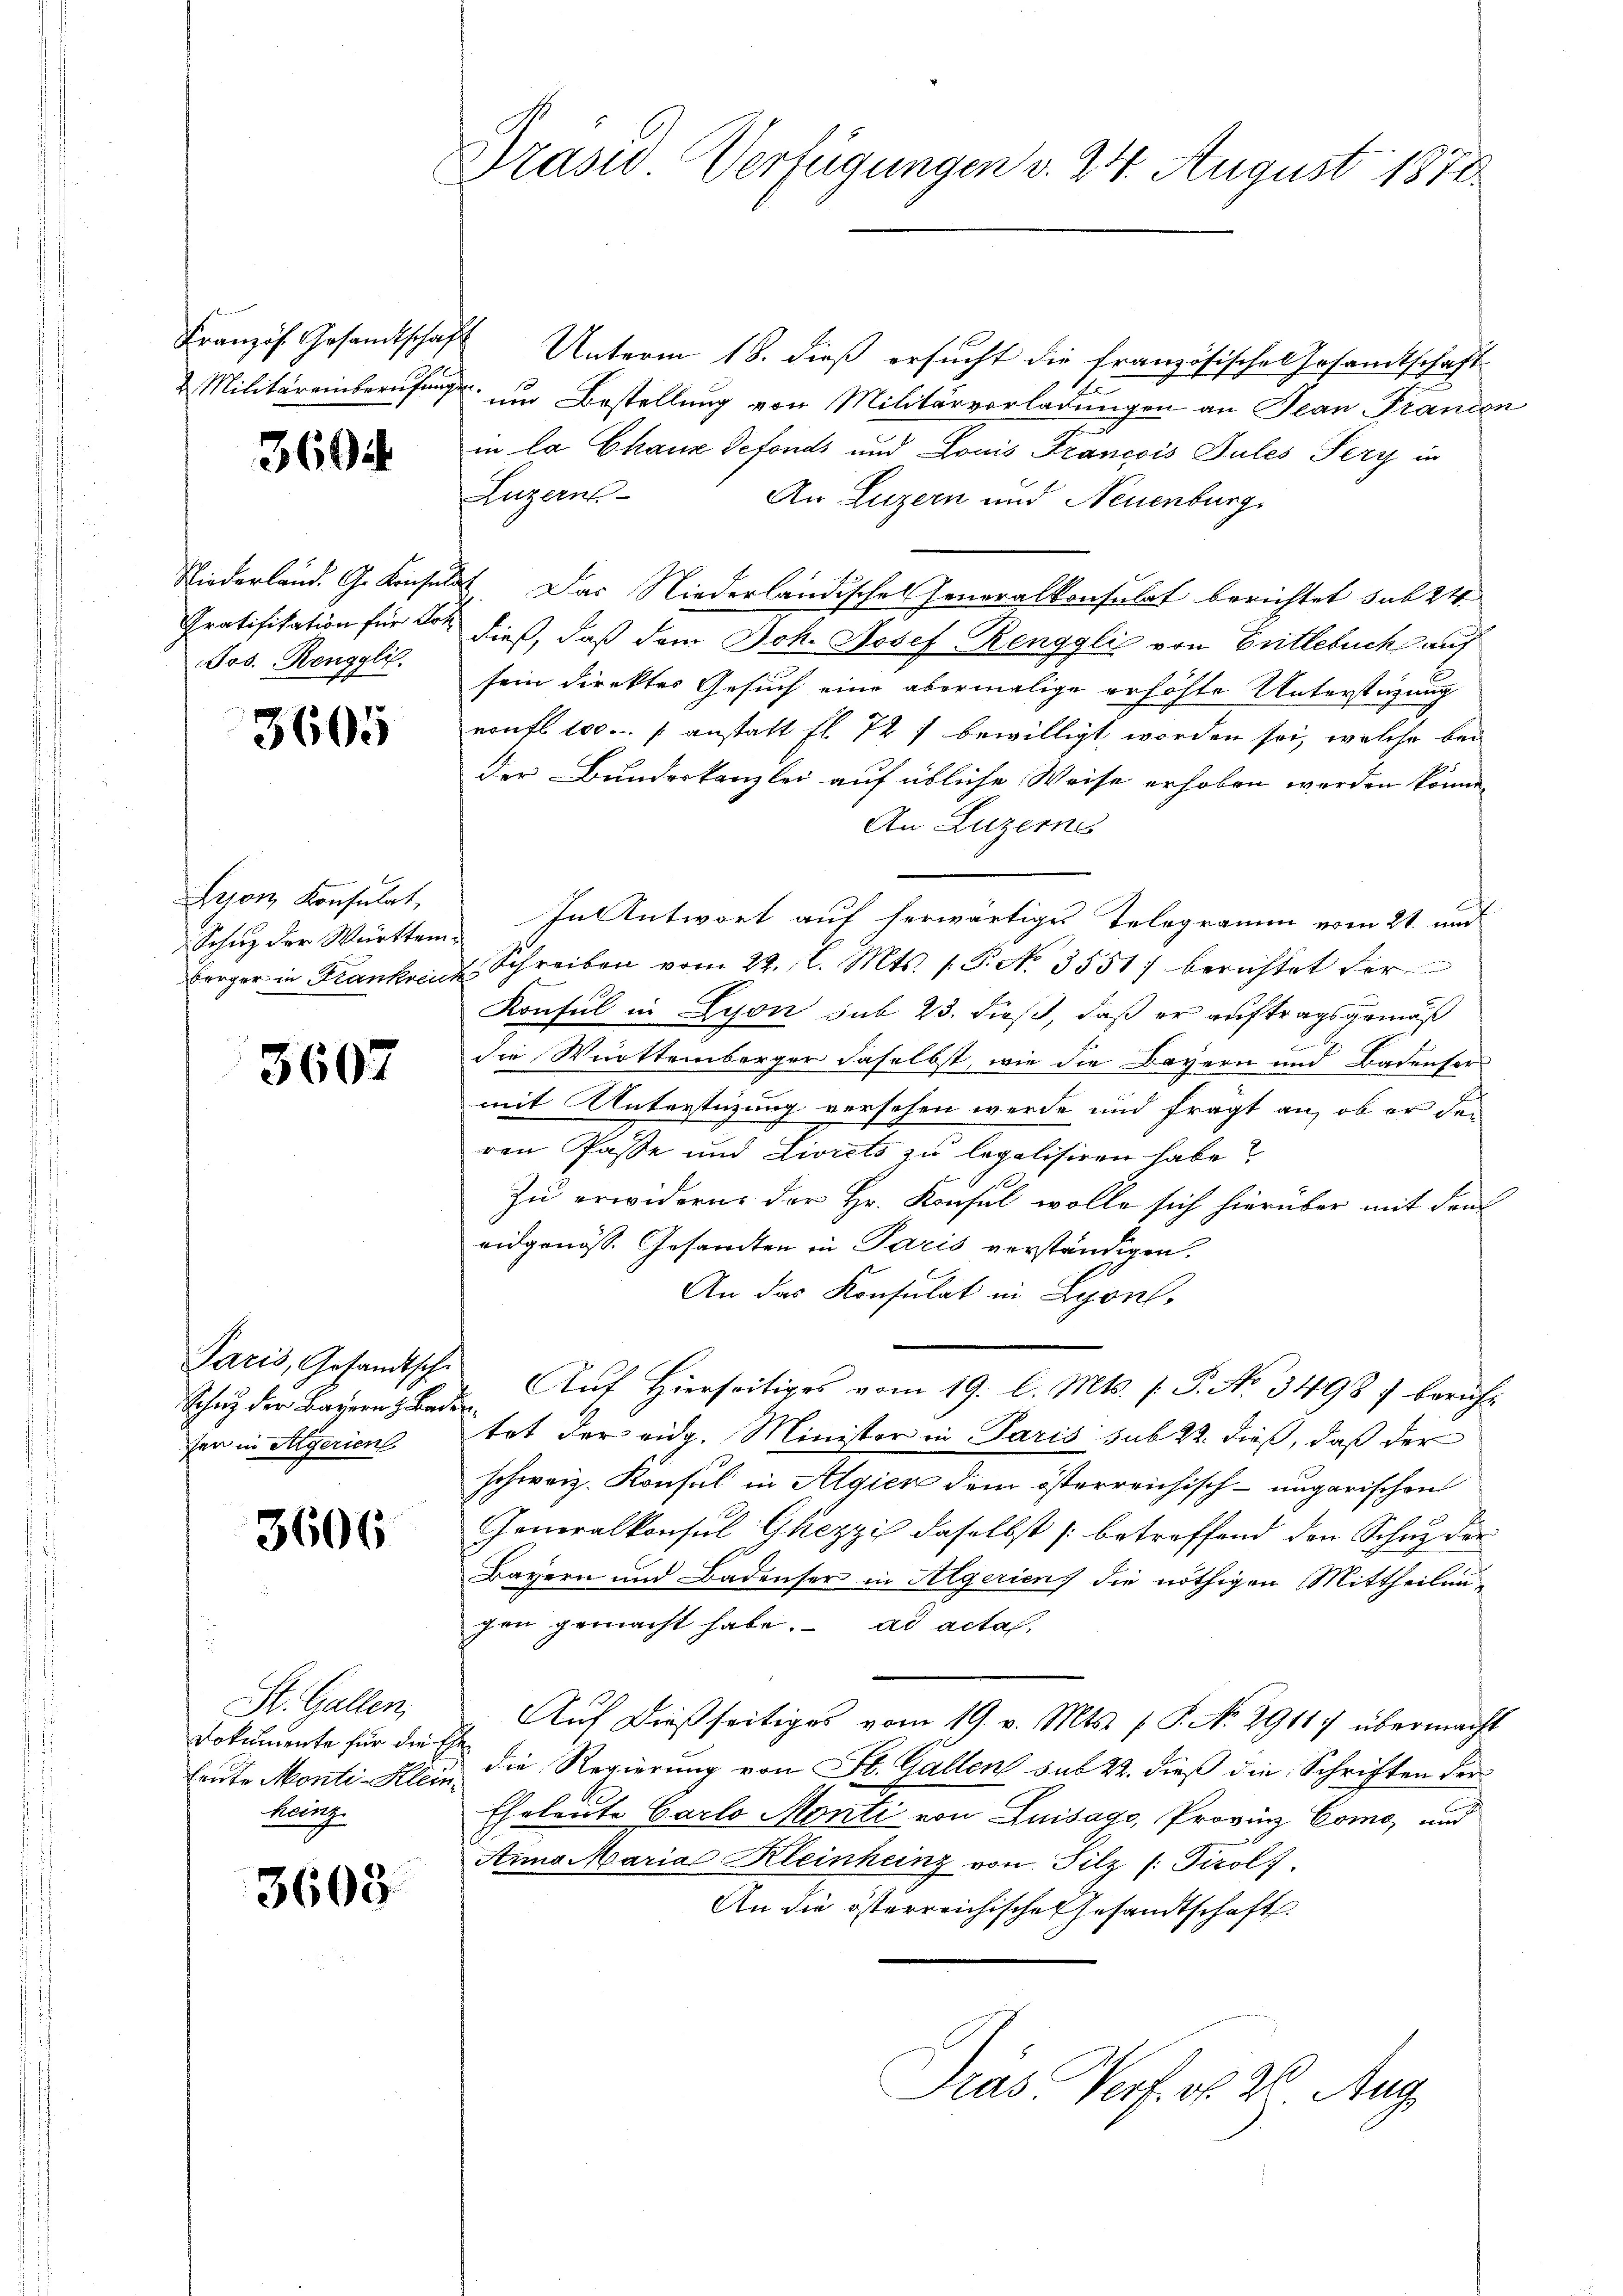
Französ. Gesandtschaft
2 Militäreinberufungen

3604

Jos. Renggli.

3605

Lesen Konsulat,

3607

Paris, Gesandtsche
Schutz der Bayern z. Baden
en in Algerien

3606

St. Gallen,
Dokumente für die Ehe
leute Monti-Klein
Zürich

3603.

Prasw. Verfügungen v. 24. August 1878

Unterm 18. dieß ersucht die französische Gesandtschaft
um Bestellung von Militärverladungen an Jean Francen
in la Chaus Sefonds und Louis Francois Pules Sery in
Luzern
An Luzern und Neuenburg
Niederland. G. Konsulat. Das Niederländischen Generalkonsulat berichtet sub 24
Gratifikation für von dieß, daß dem Joh. Josef Renggli von Gritlebuch auf
sein direktes Gesuch eine abermalige erhöhte Unterstüzung
noufl 100. anstatt fl. 727 bewilligt worden sei, welche bei
der Bundeskanzlei auf übliche Weise erhoben werden könne.
An Luzerne
Schŭz der Württem. In Antwort auf herwärtiges Telegramm vom 21. und
berger in Frankreich Schreiben vom 22. (l. Mts. 1. P. No. 3551) berichtet der
Konsul in Lyon sub 23. dieß, daß er auftragsgemäß
die Württemberger daselbst, wie die Bayern und Badenser
mit Unterstüzung versehen werde und fragt an, ob er den
ren Pässe und Livrets zu legalisiren habe?
Zu erwidern der Hr. Konsul wolle sich hierüber mit den
eidgenöss. Gesandten in Paris verständigen.
An das Konsulat in Lyon,
Auf Hierseitiges vom 19. l. Mts. f. P. No. 3498) berühr
tat der eidg. Minister in Paris sub 22. dieß, daß der
schweiz. Konsul in Algier dem österreichisch-ungarischen
Generalkonsul Ghezzi daselbst (betreffend den Schuz der
Bayern und Badenser in Algerien die nöthigen Mittheilungen gemacht habe. ad acta,
Auf dießseitiges vom 19. v. Mts. (T. N. 2911) übermacht
die Regierung von St. Gallen sub 22. dieß die Schriften der
Eheleute Carlo Monti von Luisago, Provinz Como, und
Anna Maria Kleinheinz von Silz /: Tirol
An die österreichische Gesandtschaft.
Dias Porf. v. 26. Aug